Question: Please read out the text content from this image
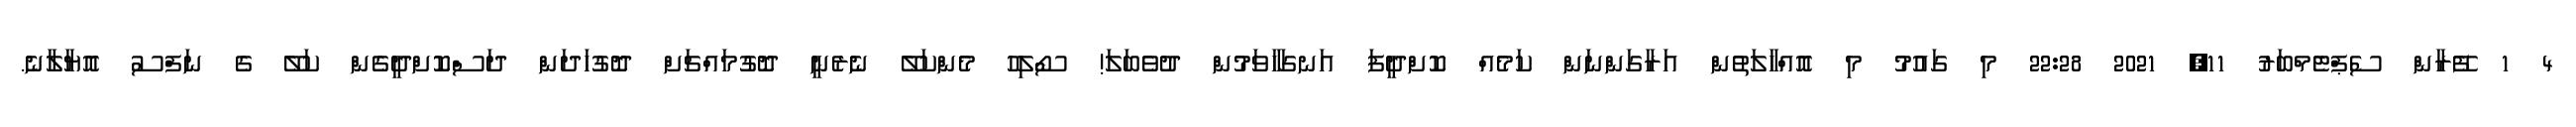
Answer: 4 1 ފޭރާން ސެޕްޓެމްބަރު 11, 2021 22:28 މި ގައުމު މި އޮއްހާލަތުން އަރާގަންނަން ކަމެއް ކޮށްދީފަ އަނގަހާވަމުން ދުވެބަލަ! ސޯލިހު މެންކަލޭ ނެރެނީ ދޮގުމައްޗަށް ދޮގުހަދަން ދަސްކޮށްދީގެން ކަލޭ ގެ ނަފްސު އޮޔާލާނެ.